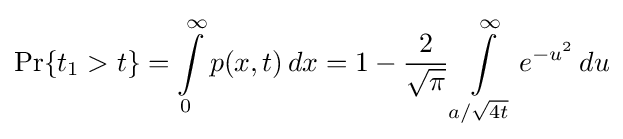
\Pr\{t_{1}>t\}=\int \limits \limits _{0}^{\infty }p(x,t)\,dx=1-{\frac {2}{\sqrt {\pi }}}\int \limits \limits _{a/{\sqrt {4t}}}^{\infty }e^{-u^{2}}\,du